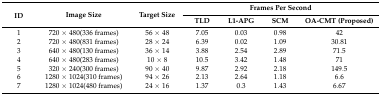
| <ROWSPAN=2> ID | <ROWSPAN=2> Image Size | <ROWSPAN=2> Target Size | <COLSPAN=4> Frames Per Second |
 | TLD | L1-APG | SCM | OA-CMT (Proposed) |
 | --- | --- | --- | --- | --- | --- | --- |
 | 1 | 720 × 480(336 frames) | 56 × 48 | 7.05 | 0.03 | 0.98 | 42 |
 | 2 | 720 × 480(831 frames) | 28 × 24 | 6.39 | 0.02 | 1.09 | 30.81 |
 | 3 | 640 × 480(130 frames) | 36 × 14 | 3.88 | 2.54 | 2.89 | 71.5 |
 | 4 | 640 × 480(283 frames) | 10 × 8 | 10.5 | 3.42 | 1.48 | 71 |
 | 5 | 320 × 240(300 frames) | 90 × 40 | 9.87 | 2.92 | 2.18 | 149.5 |
 | 6 | 1280 × 1024(310 frames) | 94 × 26 | 2.13 | 2.64 | 1.18 | 6.6 |
 | 7 | 1280 × 1024(480 frames) | 24 × 16 | 1.37 | 0.3 | 1.43 | 6.67 |